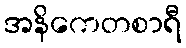
အနိကေတစာရီ